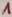
Text: 1